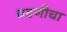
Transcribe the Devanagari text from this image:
चढणीचा